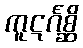
ကူဋင်္ဂစ္ဆိ